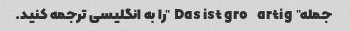
جمله "Das ist großartig" را به انگلیسی ترجمه کنید.